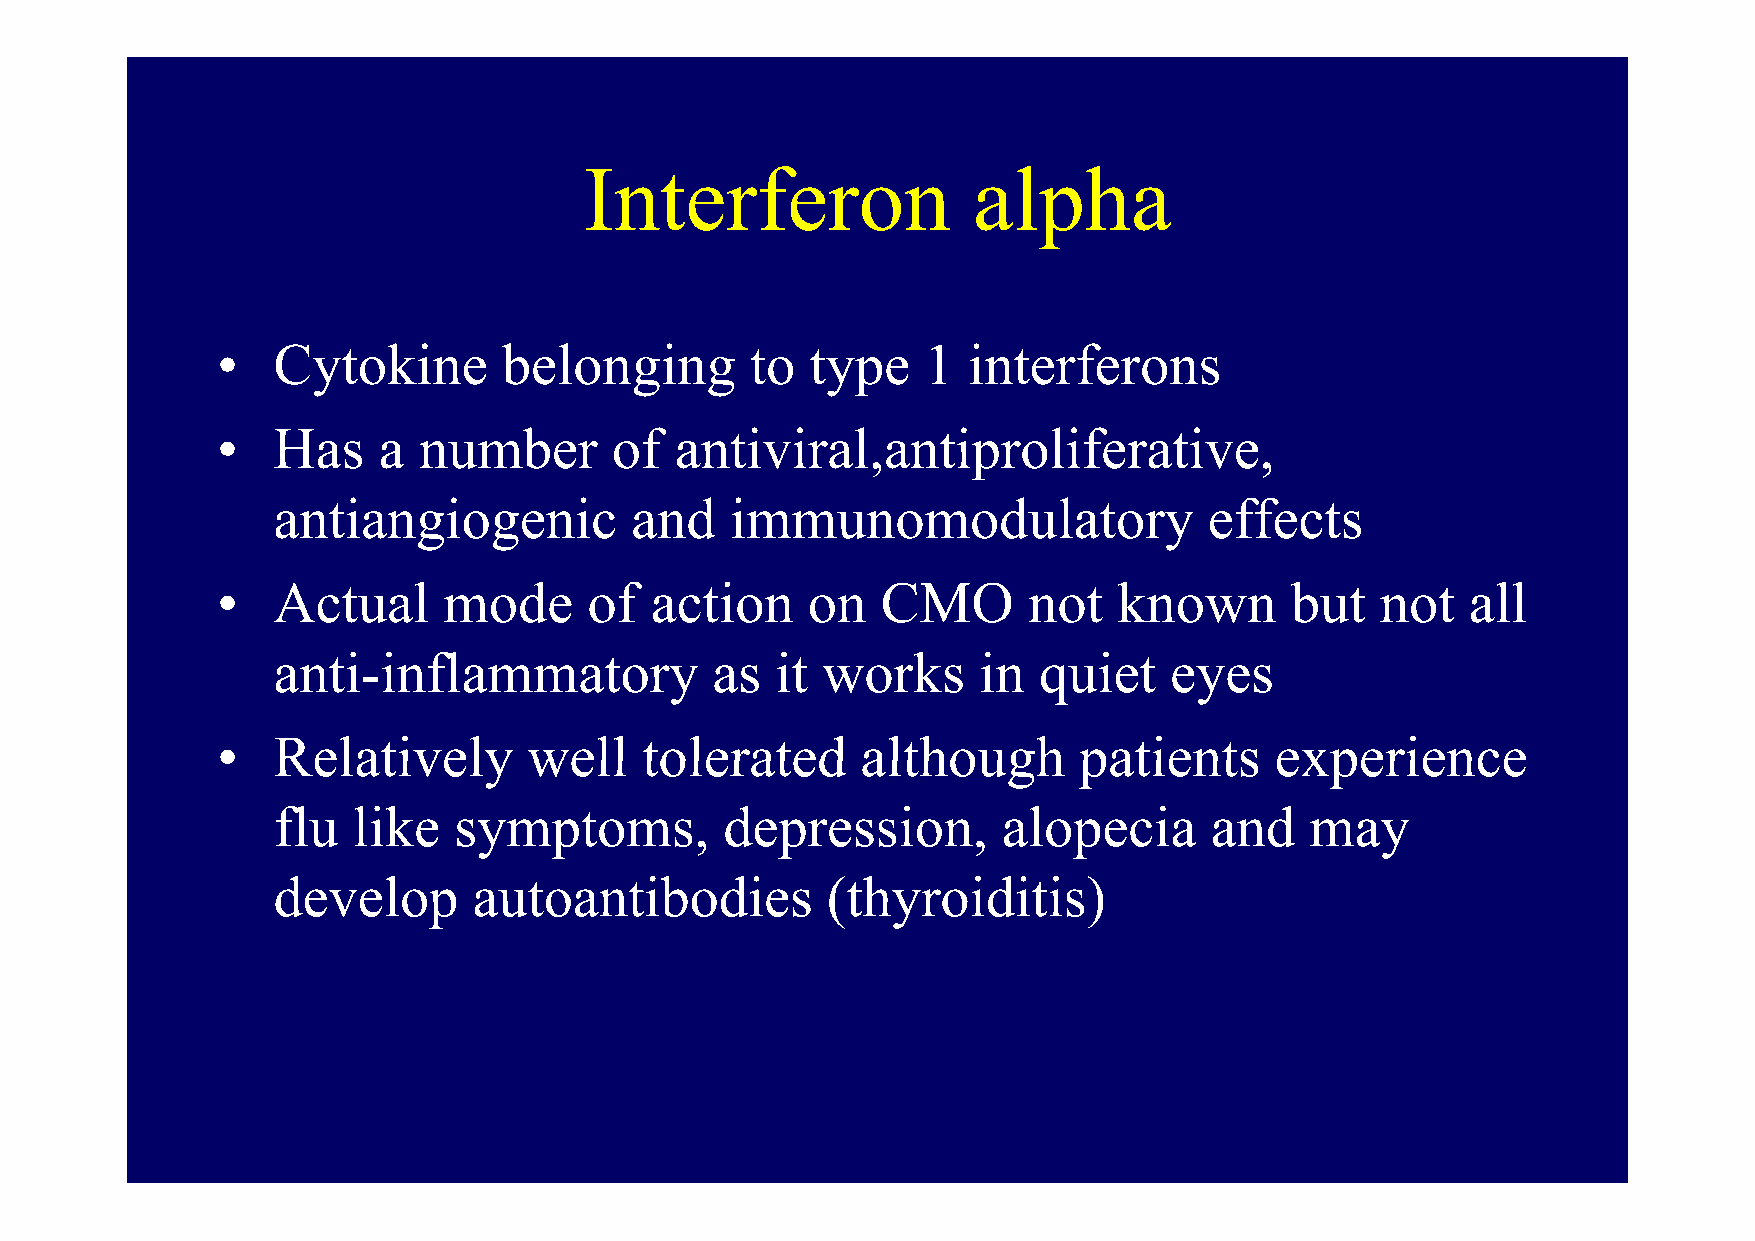
IInntteerrffeerroonn     aallpphhaa
 •   Cytokine       belonging        to  type   1  interferons
 •   Has    a  number      of   antiviral,antipproliferative,
 antiangiogenic          and   immunomodulatory                effects
 •   AAccttuuaall mmooddee ooff aaccttiioonn oonn CCMMOO nnoott kknnoowwnn bbuutt nnoott aallll
 anti-inflammatory            as  it works      in  quiet   eyes
 ••  RReellaattiivveellyy wweellll ttoolleerraatteedd aalltthhoouugghh ppaattiieennttss eexxppeerriieennccee
 flu  like   symptoms,         depression,       alopecia      and    may
 ddeevveelloopp aauuttooaannttiibbooddiieess ((tthhyyrrooiiddiittiiss))